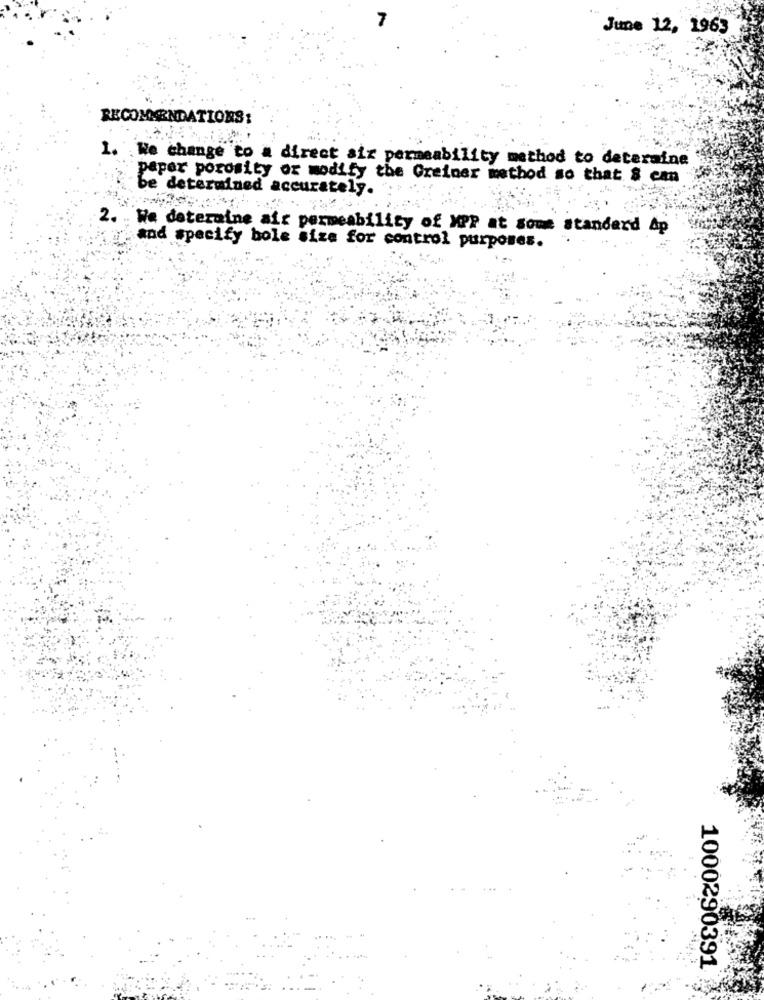
June 12, 1963
RECOMMENDATIONS:
1.
.We change to a direct sir permeability method to determine
paper porosity or modify the Greiner method so that $ can
be determined accurately.
2 ..
We dateraine air permeability of XPP at some standard Ap
and specify bole size for control purposes.
1000290391